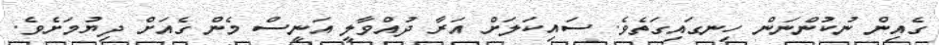
ގެއިން ނުކުންނަން ހިނގައިގަތެވެ. ސައިކަލަށް އަރާ ދުއްވާލީ އަނީސް މެން ގެއަށް ދިޔުމަށެވެ.